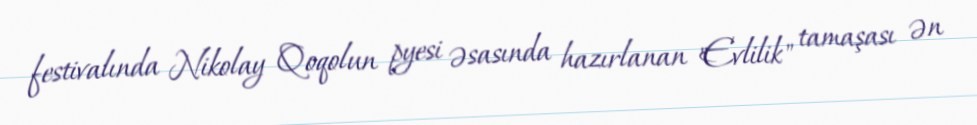
festivalında Nikolay Qoqolun pyesi əsasında hazırlanan "Evlilik" tamaşası ən